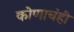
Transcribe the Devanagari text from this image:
कोणाचंही